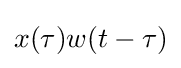
x(\tau )w(t-\tau )